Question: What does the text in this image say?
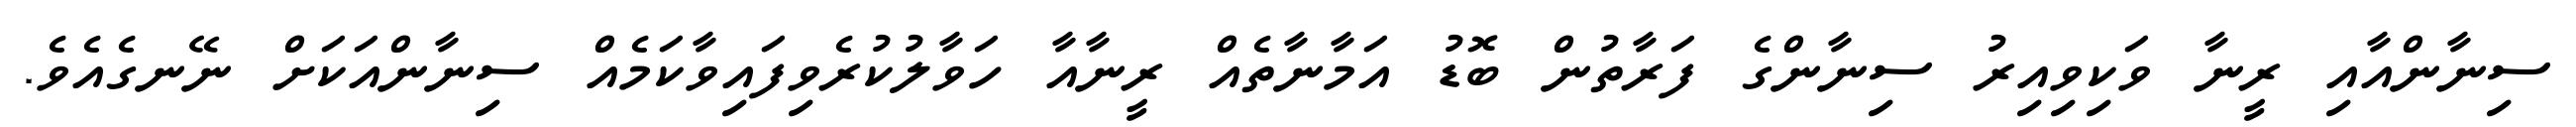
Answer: ސިނާންއާއި ރީނާ ވަކިވިއިރު ސިނާންގެ ފަރާތުން ބޮޑު އަމާނާތެއް ރީނާއާ ހަވާލުކުރެވިފައިވާކަމެއް ސިނާންއަކަށް ނޭނގެއެވެ.